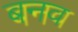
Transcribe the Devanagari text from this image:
बनव